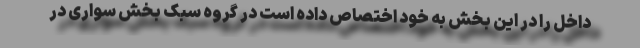
داخل را در این بخش به خود اختصاص داده است در گروه سبک بخش سواری در